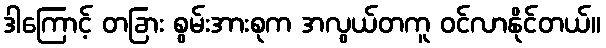
ဒါကြောင့် တခြား စွမ်းအားစုက အလွယ်တကူ ဝင်လာနိုင်တယ်။